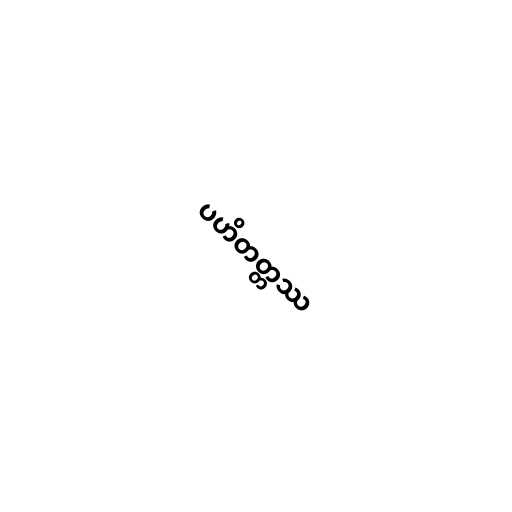
ပဟိတတ္တဿ